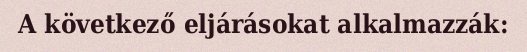
A következő eljárásokat alkalmazzák: